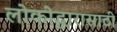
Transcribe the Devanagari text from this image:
लोकोद्धारासाठी